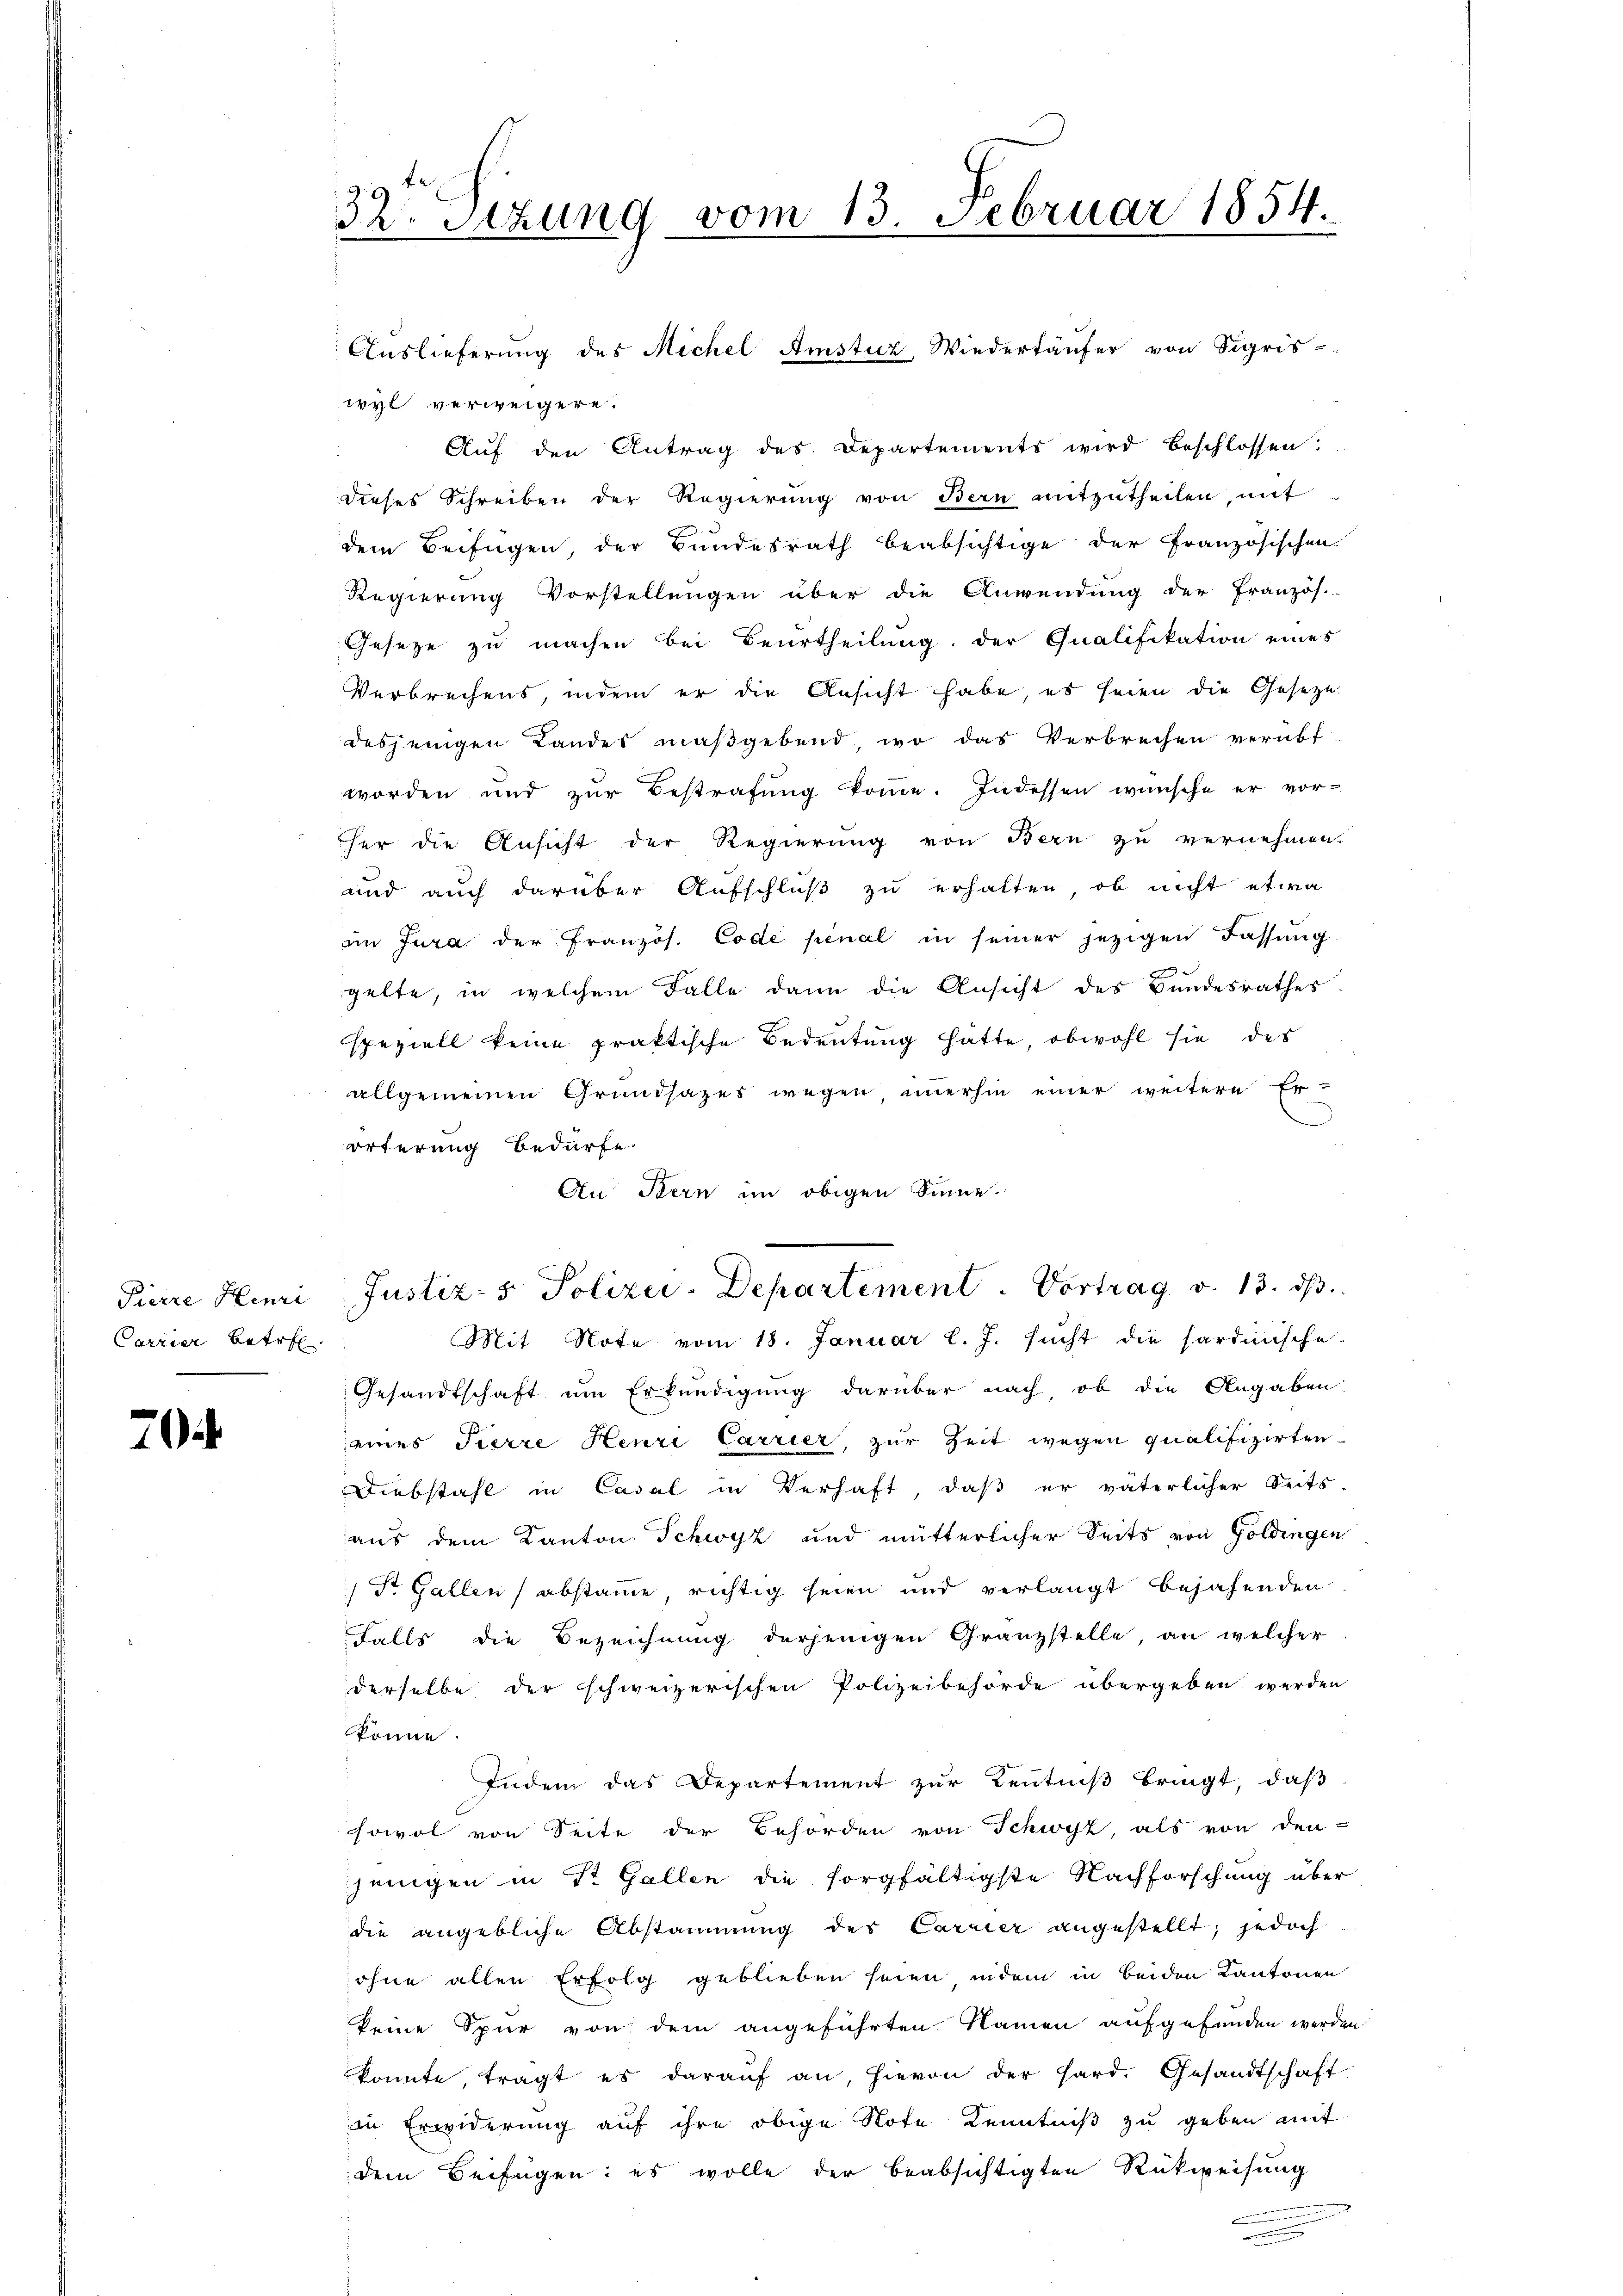
Pierre Henri
Carrier betref

70

32 Stzung vom 13. Februar 1854.

Auslieferung des Michel Amstuz Wiedertäufer von Sigris-
wyl verweigere.
Aŭf den Antrag des Departements wird beschlossen:
dieses Schreiben der Regierŭng von Bern mitzutheilen, mit
d
dem Beifügen, der Bundesrath beabsichtige der französischen.
Regierung Vorstellungen über die Anwendung der Französ.
Gesetze zu machen bei Beurtheilung der Qualifikation eines
Verbrechens, indem er die Ansicht habe, es seien die Gesetze
desjenigen Landes maßgebend, wo das Verbrechen verabf
worden und zur Bestrafung komme. Indessen wünsche er vor-
her die Ansicht der Regierung von Bern zu vernehmen.
und auch darüber Aufschluß zu erhalten, ob nicht etwa
im Jura der Französ. Code penal in seiner jezigen Fassung.
gelte, in welchem Falle dann die Ansicht des Bundesrathes
speziell keine praktische Bedeutung hatte obwohl sie des
allgemeinen Grundsazes wegen immerhin einer weitere Er-
örterung Bedürfe
An Stern im obigen Sinne.
Mit Note vom 18. Januar l. J. sucht die sardinische
Gesandtschaft um Erkundigung darüber nach ob die Angaben-
eines Pierre Henri Carrier, zur Zeit wegen qualifizirten
Diebstahl in Casal in Verhaft, daß er väterlicher Seits
aus dem Kanton Schwyz und mütterlicher Seits von Goldingen
 St. Gallen abstame, richtig seien und verlangt bejahenden
Falls die Bezeichnung derjenigen Granzstelle, an welcher
derselbe der schweizerischen Polizeibehörde übergeben werden
könne.
Indem das Departement zur Kenntniß bringt, daß
sowol von Seite der Behörden von Schwyz als von den
jenigen in Dr. Gallen die sorgfältigste Nachforschung über
die angebliche Abstammung des Carrier angestellt; jedoch
ohne allen Erfolg geblieben seien indem in beiden Kantonen
keine Spur von dem angeführten Namen aufgefunden werde
konnte, tragt es darauf an, hievon der Hard. Gesandtschaft
an Erwiderung auf ihre obige Note Kenntniß zu geben mit
dem Beifügen: es wolle der beabsichtigten Rückweisung

Justiz- & Polizei-Departement. Vortrag v. 13. ds.